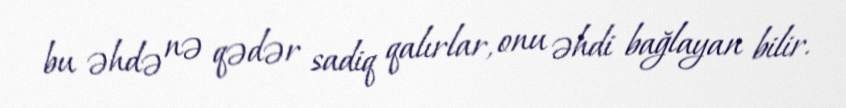
bu əhdə nə qədər sadiq qalırlar, onu əhdi bağlayan bilir.